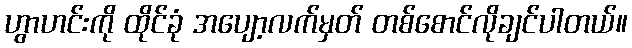
ဟွာဟင်းကို ထိုင်ခုံ အပျော့လက်မှတ် တစ်စောင်လိုချင်ပါတယ်။